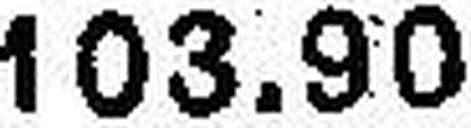
103.90